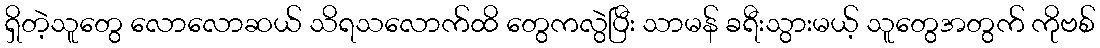
ရှိတဲ့သူတွေ လောလောဆယ် သိရသလောက်ထိ တွေကလွဲပြီး သာမန် ခရီးသွားမယ့် သူတွေအတွက် ကိုဗစ်